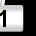
Digit: 1